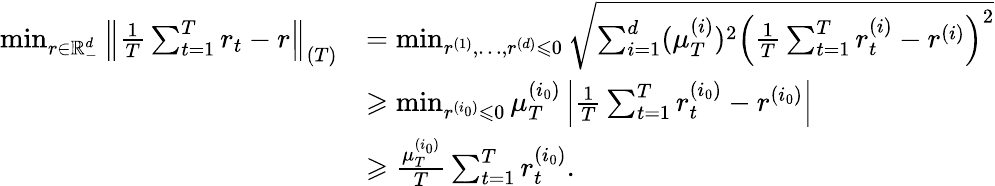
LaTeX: \begin{array}{rl}{\operatorname*{min}_{r\in\mathbb{R}_{-}^{d}}\left\| \frac{1}{T}\sum_{t=1}^{T}r_{t}-r\right\| _{(T)}}&{=\operatorname*{min}_{r^{(1)},\dots,r^{(d)}\leqslant 0}\sqrt{\sum_{i=1}^{d}(\mu_{T}^{(i)})^{2}\left(\frac{1}{T}\sum_{t=1}^{T}r_{t}^{(i)}-r^{(i)}\right)^{2}}}\\ &{\geqslant\operatorname*{min}_{r^{(i_{0})}\leqslant 0}\mu_{T}^{(i_{0})}\left|\frac{1}{T}\sum_{t=1}^{T}r_{t}^{(i_{0})}-r^{(i_{0})}\right|}\\ &{\geqslant\frac{\mu_{T}^{(i_{0})}}{T}\sum_{t=1}^{T}r_{t}^{(i_{0})}.}\end{array}